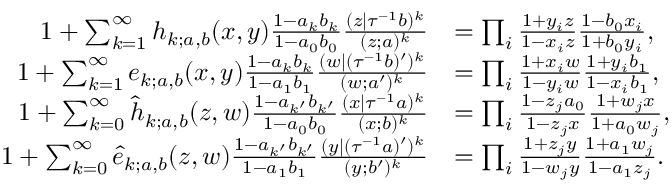
\begin{array} { r l } { 1 + \sum _ { k = 1 } ^ { \infty } h _ { k ; a , b } ( x , y ) \frac { 1 - a _ { k } b _ { k } } { 1 - a _ { 0 } b _ { 0 } } \frac { ( z | \tau ^ { - 1 } b ) ^ { k } } { ( z ; a ) ^ { k } } } & { = \prod _ { i } \frac { 1 + y _ { i } z } { 1 - x _ { i } z } \frac { 1 - b _ { 0 } x _ { i } } { 1 + b _ { 0 } y _ { i } } , } \\ { 1 + \sum _ { k = 1 } ^ { \infty } e _ { k ; a , b } ( x , y ) \frac { 1 - a _ { k } b _ { k } } { 1 - a _ { 1 } b _ { 1 } } \frac { ( w | ( \tau ^ { - 1 } b ) ^ { \prime } ) ^ { k } } { ( w ; a ^ { \prime } ) ^ { k } } } & { = \prod _ { i } \frac { 1 + x _ { i } w } { 1 - y _ { i } w } \frac { 1 + y _ { i } b _ { 1 } } { 1 - x _ { i } b _ { 1 } } , } \\ { 1 + \sum _ { k = 0 } ^ { \infty } \widehat { h } _ { k ; a , b } ( z , w ) \frac { 1 - a _ { k ^ { \prime } } b _ { k ^ { \prime } } } { 1 - a _ { 0 } b _ { 0 } } \frac { ( x | \tau ^ { - 1 } a ) ^ { k } } { ( x ; b ) ^ { k } } } & { = \prod _ { i } \frac { 1 - z _ { j } a _ { 0 } } { 1 - z _ { j } x } \frac { 1 + w _ { j } x } { 1 + a _ { 0 } w _ { j } } , } \\ { 1 + \sum _ { k = 0 } ^ { \infty } \widehat { e } _ { k ; a , b } ( z , w ) \frac { 1 - a _ { k ^ { \prime } } b _ { k ^ { \prime } } } { 1 - a _ { 1 } b _ { 1 } } \frac { ( y | ( \tau ^ { - 1 } a ) ^ { \prime } ) ^ { k } } { ( y ; b ^ { \prime } ) ^ { k } } } & { = \prod _ { i } \frac { 1 + z _ { j } y } { 1 - w _ { j } y } \frac { 1 + a _ { 1 } w _ { j } } { 1 - a _ { 1 } z _ { j } } . } \end{array}